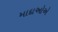
માદાઓએ